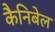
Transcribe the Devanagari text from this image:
कैनिबेल